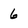
Character: 6